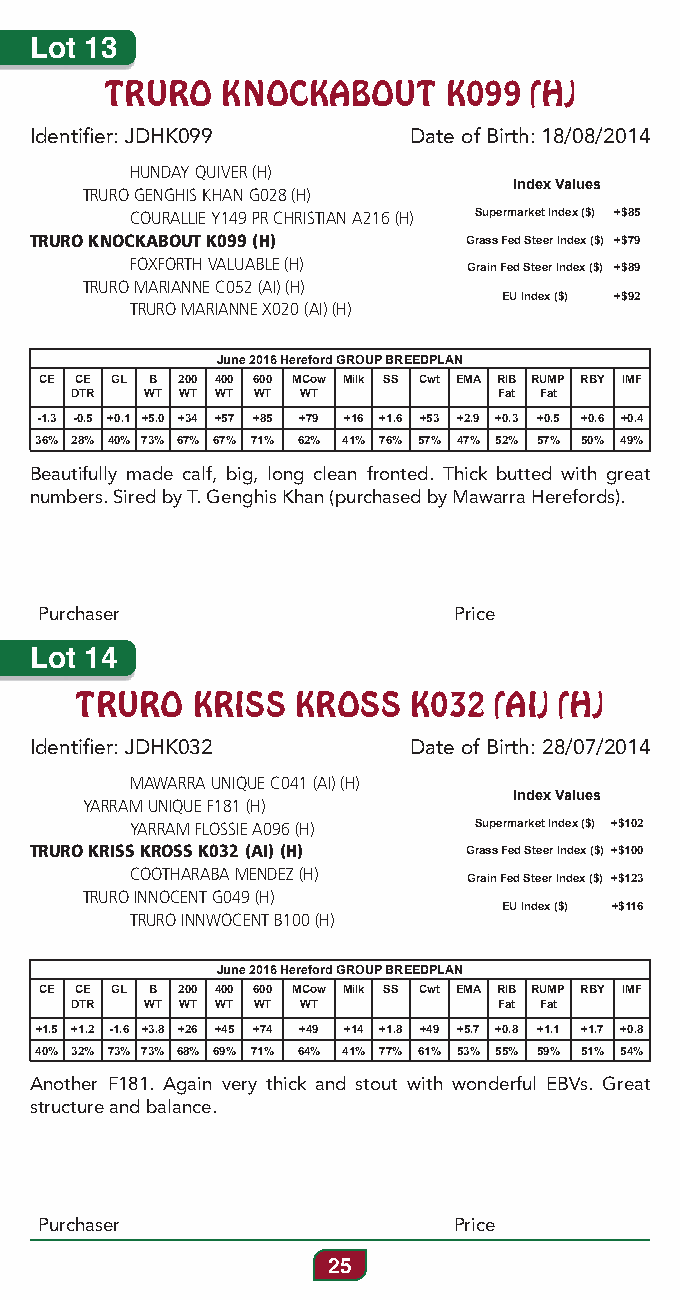
Lot 13
 TRURO   KNOCKABOUT    K099  (H)
 Identifier: JDHK099      Date of Birth: 18/08/2014
 HUNDAY QUIVER (H)
 Index Values
 TRURO GENGHIS KHAN G028 (H)
 COURALLIE Y149 PR CHRISTIAN A216 (H) Supermarket Index ($) +$85
 TRURO KNOCKABOUT K099 (H)    Grass Fed Steer Index ($) +$79
 FOXFORTH VALUABLE (H) Grain Fed Steer Index ($) +$89
 TRURO MARIANNE C052 (AI) (H)
 EU Index ($) +$92
 TRURO MARIANNE X020 (AI) (H)
 June 2016 Hereford GROUP BREEDPLAN
 CE CE GL B 200 400 600 MCow Milk SS Cwt EMA RIB RUMP RBY IMF
 DTR  WT WT WT WT WT         Fat Fat
 -1.3 -0.5 +0.1 +5.0 +34 +57 +85 +79 +16 +1.6 +53 +2.9 +0.3 +0.5 +0.6 +0.4
 36% 28% 40% 73% 67% 67% 71% 62% 41% 76% 57% 47% 52% 57% 50% 49%
 Beautifully made calf, big, long clean fronted. Thick butted with great
 numbers. Sired by T. Genghis Khan (purchased by Mawarra Herefords).
 Purchaser                  Price
 Lot 14
 TRURO   KRISS  KROSS  K032  (AI) (H)
 Identifier: JDHK032      Date of Birth: 28/07/2014
 MAWARRA UNIQUE C041 (AI) (H)
 Index Values
 YARRAM UNIQUE F181 (H)
 YARRAM FLOSSIE A096 (H) Supermarket Index ($) +$102
 TRURO KRISS KROSS K032 (AI) (H) Grass Fed Steer Index ($) +$100
 COOTHARABA MENDEZ (H) Grain Fed Steer Index ($) +$123
 TRURO INNOCENT G049 (H)
 EU Index ($) +$116
 TRURO INNWOCENT B100 (H)
 June 2016 Hereford GROUP BREEDPLAN
 CE CE GL B 200 400 600 MCow Milk SS Cwt EMA RIB RUMP RBY IMF
 DTR  WT WT WT WT WT         Fat Fat
 +1.5 +1.2 -1.6 +3.8 +26 +45 +74 +49 +14 +1.8 +49 +5.7 +0.8 +1.1 +1.7 +0.8
 40% 32% 73% 73% 68% 69% 71% 64% 41% 77% 61% 53% 55% 59% 51% 54%
 Another F181. Again very thick and stout with wonderful EBVs. Great
 structure and balance.
 Purchaser                  Price
 25